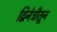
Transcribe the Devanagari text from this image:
द्विनेत्रीतून